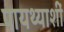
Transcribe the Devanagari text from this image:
पायथ्याशीं